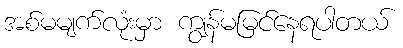
အစ်မမျက်လုံးမှာ ကျွန်မမြင်နေရပါတယ်